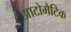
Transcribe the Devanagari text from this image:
आटोमैटिक